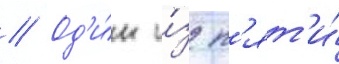
// Од'и́н и́з п'ят'и́